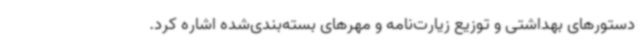
دستورهای بهداشتی و توزیع زیارت‌نامه و مهرهای بسته‌بندی‌شده اشاره کرد.